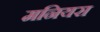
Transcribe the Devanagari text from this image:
मनियरा